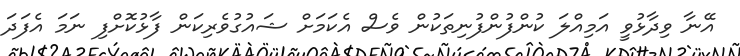
އޭނާ ވިދާޅުވީ އަމިއްލަ ކުންފުންފުނިތަކުން ވެސް އެކަމަށް ޝައުގުވެރިކަން ފާޅުކޮށްފި ނަމަ އެފަދަ